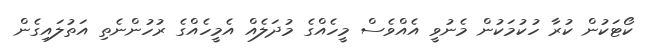
ކޯޓަކުން ކުރާ ހުކުމަކުން މެނުވީ އެއްވެސް މީހެއްގެ މުދަލެއް އެމީހެއްގެ ރުހުންނެތި އަތުލައިގެން